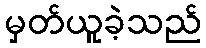
မှတ်ယူခဲ့သည်